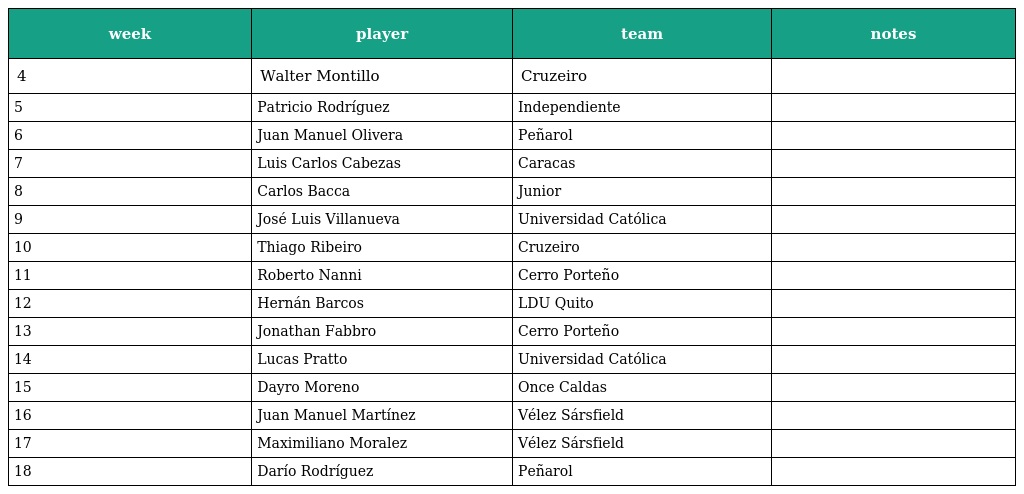
| week | player | team | notes |
 | --- | --- | --- | --- |
 | 4 | Walter Montillo | Cruzeiro |  |
 | 5 | Patricio Rodríguez | Independiente |  |
 | 6 | Juan Manuel Olivera | Peñarol |  |
 | 7 | Luis Carlos Cabezas | Caracas |  |
 | 8 | Carlos Bacca | Junior |  |
 | 9 | José Luis Villanueva | Universidad Católica |  |
 | 10 | Thiago Ribeiro | Cruzeiro |  |
 | 11 | Roberto Nanni | Cerro Porteño |  |
 | 12 | Hernán Barcos | LDU Quito |  |
 | 13 | Jonathan Fabbro | Cerro Porteño |  |
 | 14 | Lucas Pratto | Universidad Católica |  |
 | 15 | Dayro Moreno | Once Caldas |  |
 | 16 | Juan Manuel Martínez | Vélez Sársfield |  |
 | 17 | Maximiliano Moralez | Vélez Sársfield |  |
 | 18 | Darío Rodríguez | Peñarol |  |